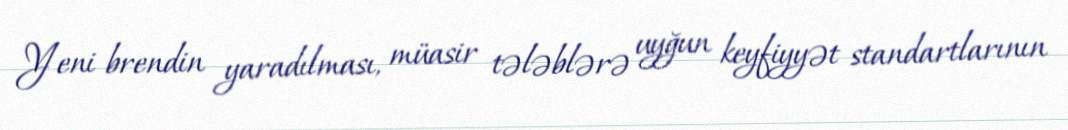
Yeni brendin yaradılması, müasir tələblərə uyğun keyfiyyət standartlarının